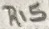
Text: R15